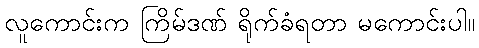
လူကောင်းက ကြိမ်ဒဏ် ရိုက်ခံရတာ မကောင်းပါ။